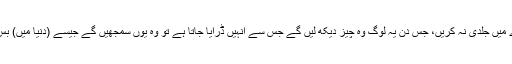
جیسے اولوالعزم پیغمبر صبر کرتے رہے اور ان کے بارے میں جلدی نہ کریں، جس دن یہ لوگ وہ چیز دیکھ لیں گے جس سے انہیں ڈرایا جاتا ہے تو وہ یوں سمجھیں گے جیسے (دنیا میں) بس دن کا ایک لمحہ ہی ٹھہرے تھے، بات پہنچا دی گئی ہے!